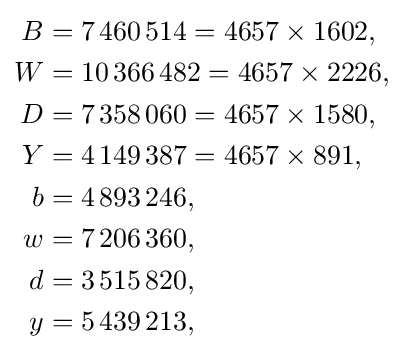
{\begin{aligned}B&=7\,460\,514=4657\times 1602,\\W&=10\,366\,482=4657\times 2226,\\D&=7\,358\,060=4657\times 1580,\\Y&=4\,149\,387=4657\times 891,\\b&=4\,893\,246,\\w&=7\,206\,360,\\d&=3\,515\,820,\\y&=5\,439\,213,\end{aligned}}